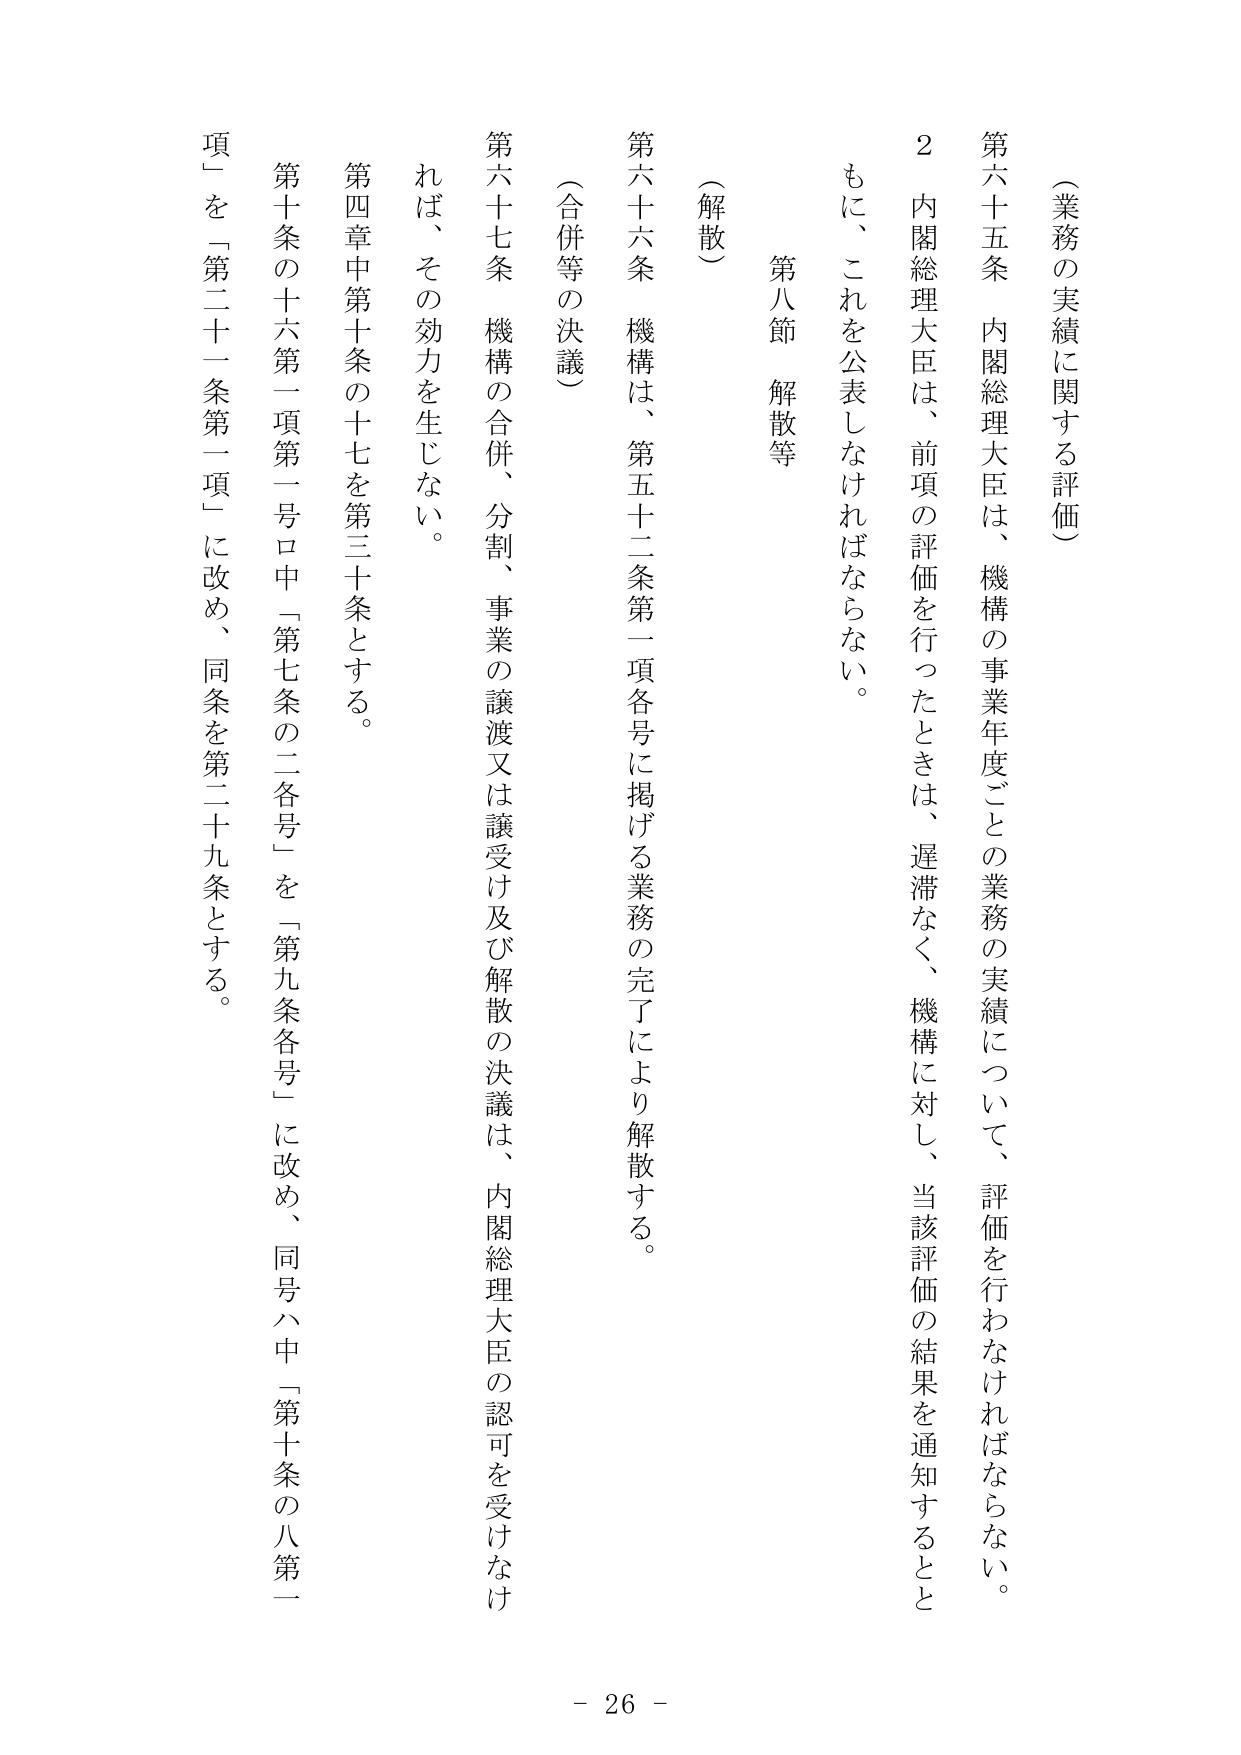
（業務の実績に関する評価）

第六十五条 内閣総理大臣は、機構の事業年度ごとの業務の実績について、評価を行わなければならない。

２ 内閣総理大臣は、前項の評価を行ったときは、遅滞なく、機構に対し、当該評価の結果を通知するとともに、これを公表しなければならない。

第八節 解散等

（解散）

第六十六条 機構は、第五十二条第一項各号に掲げる業務の完了により解散する。

（合併等の決議）

第六十七条 機構の合併、分割、事業の譲渡又は譲受け及び解散の決議は、内閣総理大臣の認可を受けなければ、その効力を生じない。

第四章中第十条の十七を第三十条とする。

第十条の十六第一項第一号ロ中「第七条の二各号」を「第九条各号」に改め、同号ハ中「第十条の八第一項」を「第二十一条第一項」に改め、同条を第二十九条とする。

- 26 -